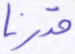
قدرنا